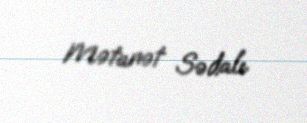
Mətanət Sədalı